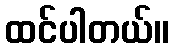
ထင်ပါတယ်။